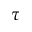
\tau